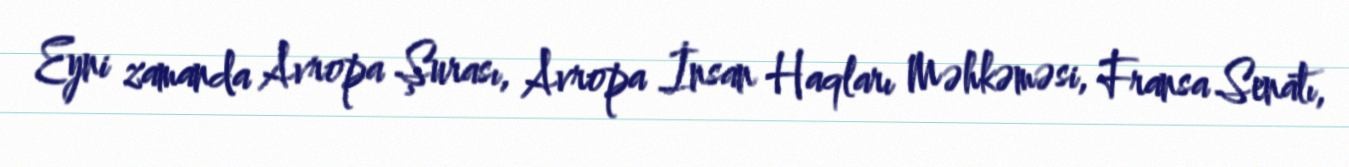
Eyni zamanda Avropa Şurası, Avropa İnsan Haqları Məhkəməsi, Fransa Senatı,